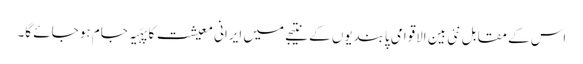
اس کے مقابل نئی بین الاقوامی پابندیوں کے نتیجے میں ایرانی معیشت کا پہّیہ جام ہو جائے گا۔